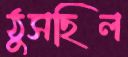
ঠুসছিল